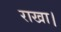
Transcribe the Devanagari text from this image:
राखा।